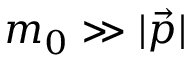
m _ { 0 } \gg | { \vec { p } } |